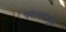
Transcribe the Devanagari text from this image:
पराभवांमुळे